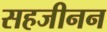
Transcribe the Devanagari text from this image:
सहजीनन